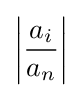
\left|{\frac {a_{i}}{a_{n}}}\right|